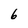
Character: 6